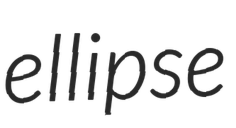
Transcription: ellipse